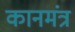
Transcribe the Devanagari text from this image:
कानमंत्र